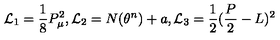
{ \cal L } _ { 1 } = \frac { 1 } { 8 } P _ { \mu } ^ { 2 } , \mathrm { } { \cal L } _ { 2 } = N ( \theta ^ { n } ) + a , \mathrm { } { \cal L } _ { 3 } = \frac { 1 } { 2 } ( \frac { P } { 2 } - L ) ^ { 2 }